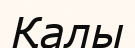
Қалы